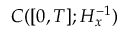
C ( [ 0 , T ] ; H _ { x } ^ { - 1 } )